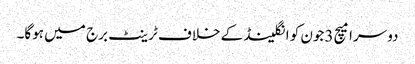
دوسرا میچ 3جون کو انگلینڈ کے خلاف ٹرینٹ برج میں ہوگا۔